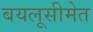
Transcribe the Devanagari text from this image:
बयलूसीमेत